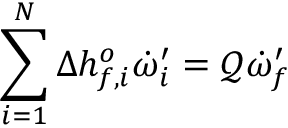
\sum _ { i = 1 } ^ { N } \Delta h _ { f , i } ^ { o } \dot { \omega } _ { i } ^ { \prime } = \mathcal { Q } \dot { \omega } _ { f } ^ { \prime }